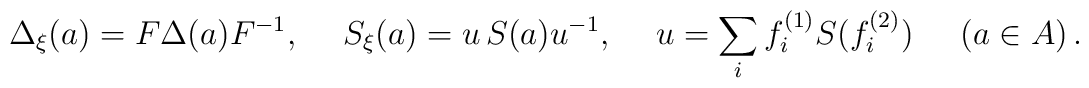
\Delta_\xi (a)=F\Delta(a)F^{-1},\quad\;S_\xi(a)=u\,S(a)u^{-1},\quad\;u= \sum_i f^{(1)}_{i}S(f^{(2)}_i)\,\quad\;(a\in A)\,.